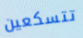
تتسكعين